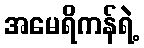
အမေရိကန်ရဲ့